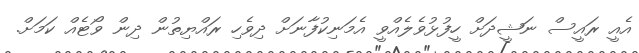
އެއީ ރައީސް ނަޝީދަށް ހީފުޅުވެލެއްވީ އެމަނިކުފާނަށް ދިވެހި ރައްޔިތުން ދިން ވޯޓެއް ކަމަށް.